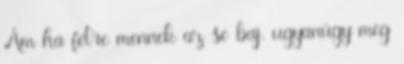
Ám ha félre mennek az se baj. ugyanúgy meg